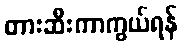
တားဆီးကာကွယ်ရန်